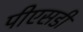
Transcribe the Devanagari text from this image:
पीएसडी